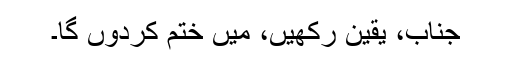
جناب، یقین رکھیں، میں ختم کردوں گا۔